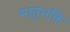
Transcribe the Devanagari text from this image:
मातृभक्ति